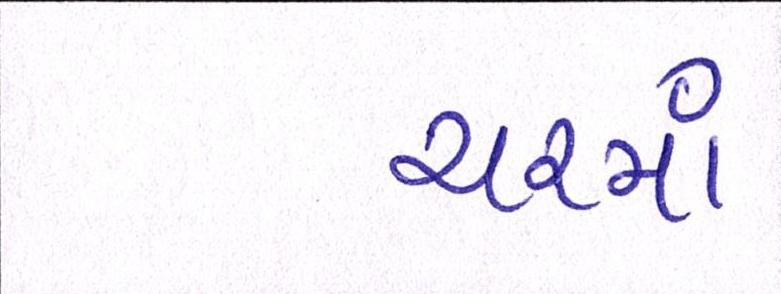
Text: યરમાં